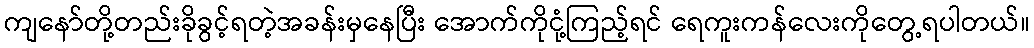
ကျနော်တို့တည်းခိုခွင့်ရတဲ့အခန်းမှနေပြီး အောက်ကိုငုံ့ကြည့်ရင် ရေကူးကန်လေးကိုတွေ့ရပါတယ်။